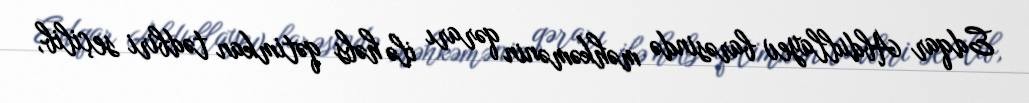
Edqar Abdullayev barəsində məhkəmənin qərarı ilə həbs qətimkan tədbiri seçilib,